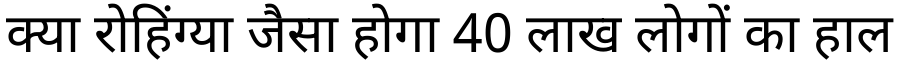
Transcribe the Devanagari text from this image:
क्या रोहिंग्या जैसा होगा 40 लाख लोगों का हाल